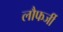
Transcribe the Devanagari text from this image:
लौफर्जी